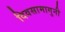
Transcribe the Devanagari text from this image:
दिवसामागुनी